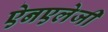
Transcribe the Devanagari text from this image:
ऐनएलेजी